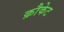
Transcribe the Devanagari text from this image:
क्रौकेट